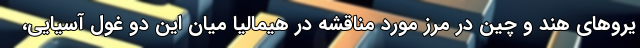
یروهای هند و چین در مرز مورد مناقشه در هیمالیا میان این دو غول آسیایی،